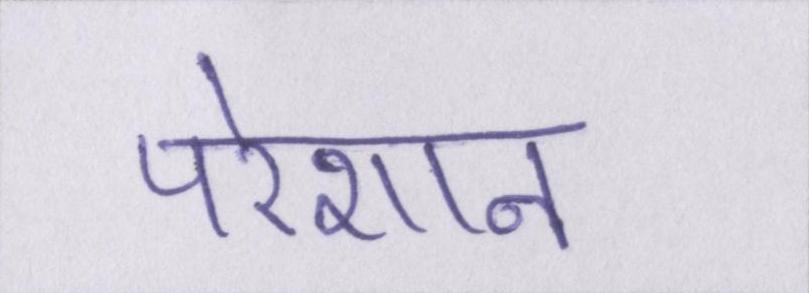
परेशान